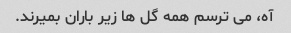
آه، می ترسم همه گل ها زیر باران بمیرند.